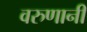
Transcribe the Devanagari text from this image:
वरुणानी